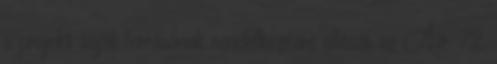
a projekt saját forrásának rendelkezésre állását az Ávr. 72.